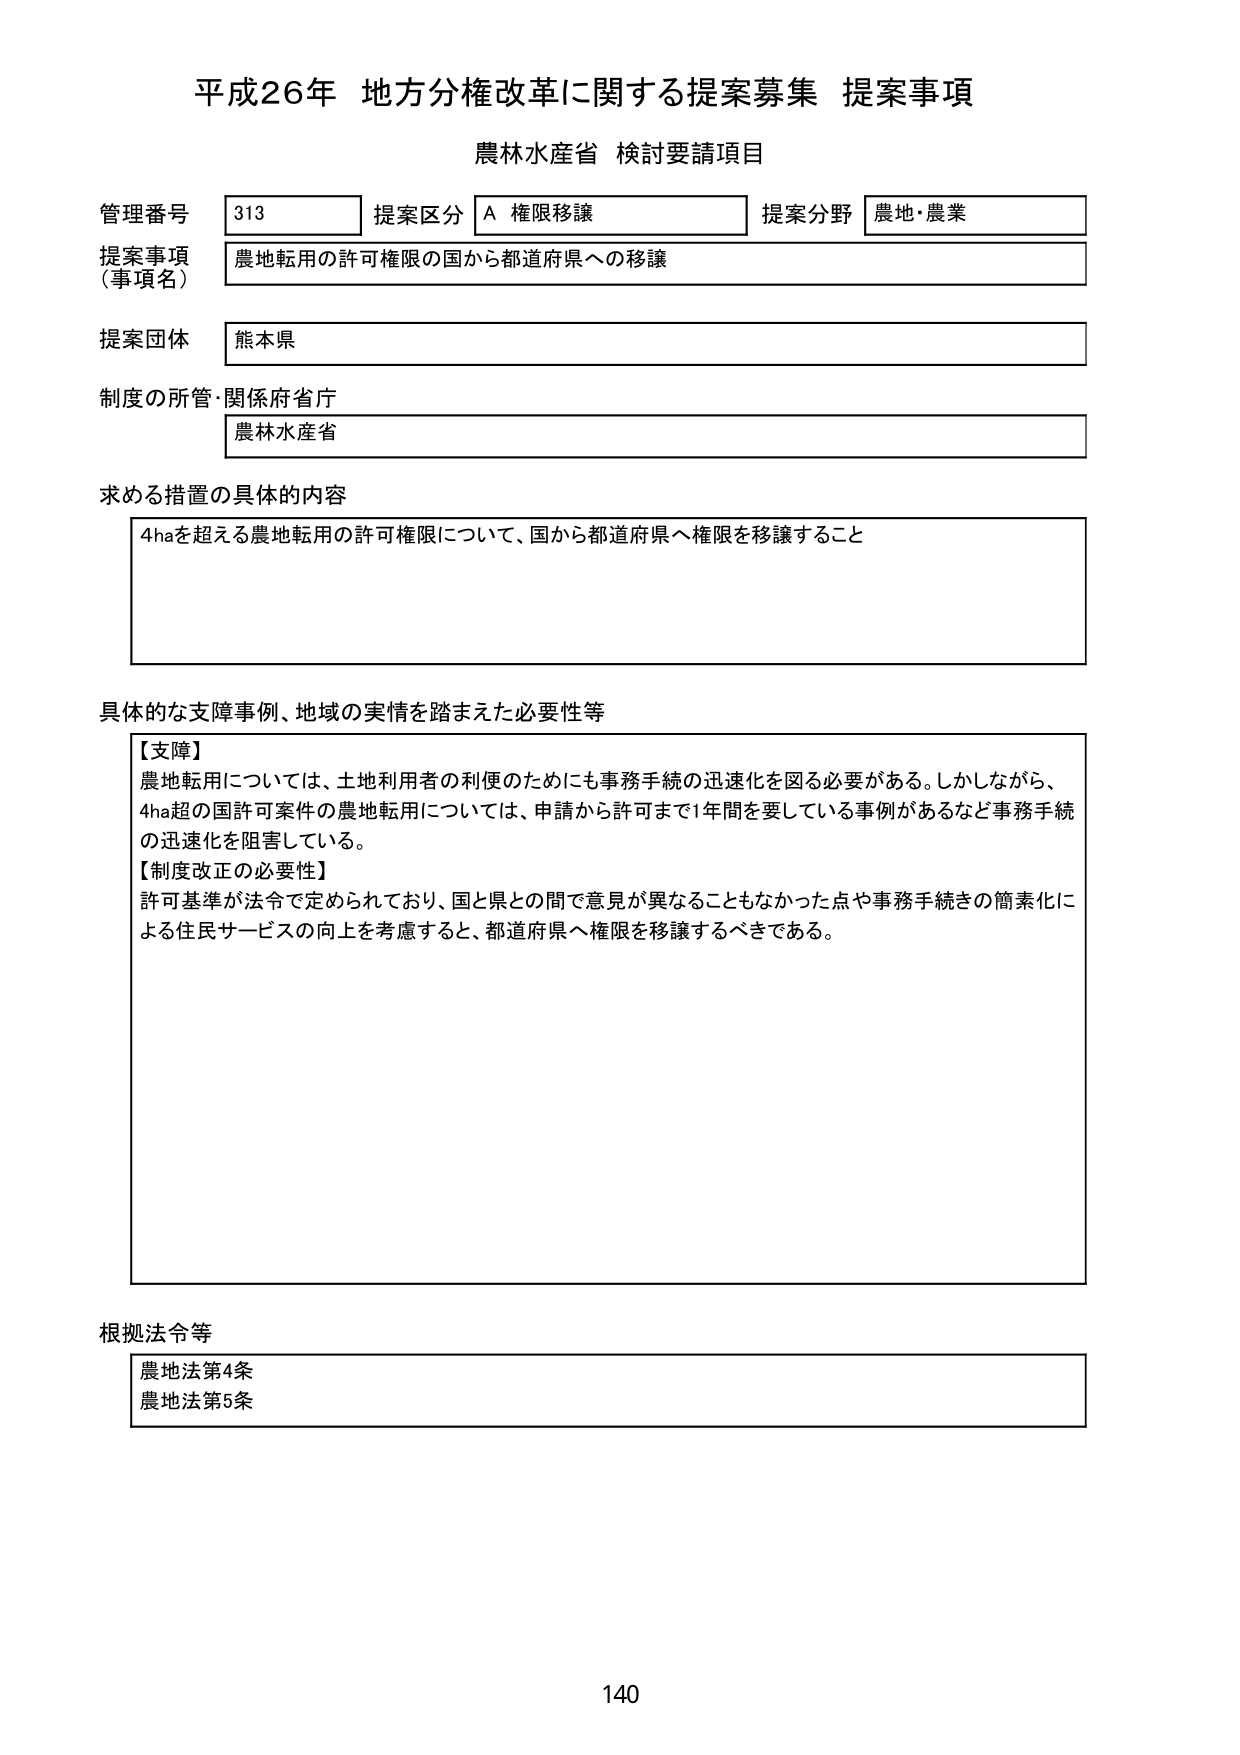
平成26年 地方分権改革に関する提案募集 提案事項
農林水産省 検討要請項目

管理番号 313 提案区分 A 権限移譲 提案分野 農地・農業
提案事項（事項名） 農地転用の許可権限の国から都道府県への移譲
提案団体 熊本県
制度の所管・関係府省庁 農林水産省

求める措置の具体的内容
4haを超える農地転用の許可権限について、国から都道府県へ権限を移譲すること

具体的な支障事例、地域の実情を踏まえた必要性等
【支障】
農地転用については、土地利用者の利便のためにも事務手続の迅速化を図る必要がある。しかしながら、
4ha超の国許可案件の農地転用については、申請から許可まで1年間を要している事例があるなど事務手続
の迅速化を阻害している。
【制度改正の必要性】
許可基準が法令で定められており、国と県との間で意見が異なることもなかった点や事務手続きの簡素化に
よる住民サービスの向上を考慮すると、都道府県へ権限を移譲するべきである。

根拠法令等
農地法第4条
農地法第5条

140